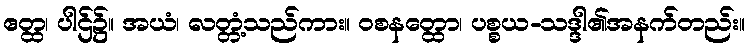
ဧတ္ထ၊ ပါဌ်၌။ အယံ၊ လတ္တံ့သည်ကား။ ဝစနတ္ထော၊ ပစ္စယ-သဒ္ဒါ၏အနက်တည်း။